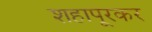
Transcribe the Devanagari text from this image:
शहापूरकर